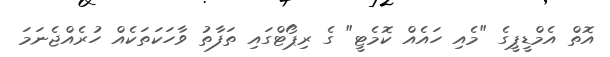
އޮތް އެމްޑީޕީގެ "މެއި ހައެއް ކޮމެޓީ" ގެ ރިޕޯޓްގައި ތަފާތު ވާހަކަތަކެއް ހުރެއްޖެނަމަ